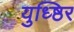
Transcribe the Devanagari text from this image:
युध्ष्ठिर